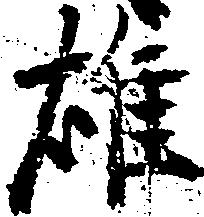
雄